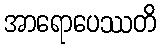
အာရောပေဿတိ